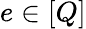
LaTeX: e\in[Q]